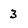
Character: 3